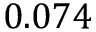
0 . 0 7 4